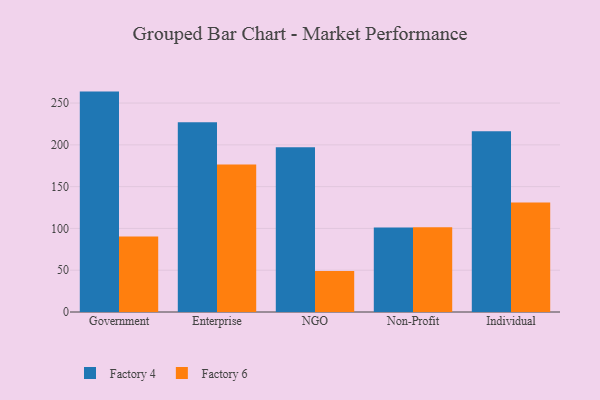
{"axis": {"x": "Segment", "y": "Conversion Rate (%)"}, "legend": ["Factory 4", "Factory 6"], "data": [{"x": "Government", "y": 263.7, "type": "Factory 4"}, {"x": "Government", "y": 90.4, "type": "Factory 6"}, {"x": "Enterprise", "y": 226.9, "type": "Factory 4"}, {"x": "Enterprise", "y": 176.6, "type": "Factory 6"}, {"x": "NGO", "y": 197.1, "type": "Factory 4"}, {"x": "NGO", "y": 49.1, "type": "Factory 6"}, {"x": "Non-Profit", "y": 101.0, "type": "Factory 4"}, {"x": "Non-Profit", "y": 101.4, "type": "Factory 6"}, {"x": "Individual", "y": 216.3, "type": "Factory 4"}, {"x": "Individual", "y": 130.9, "type": "Factory 6"}]}